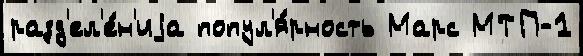
разд'ел'е́н'иjа попул'я́рность Марс МТП-1